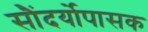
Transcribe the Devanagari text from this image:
सौंदर्योपासक